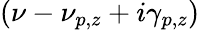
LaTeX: (\nu-\nu_{p,z}+i\gamma_{p,z})